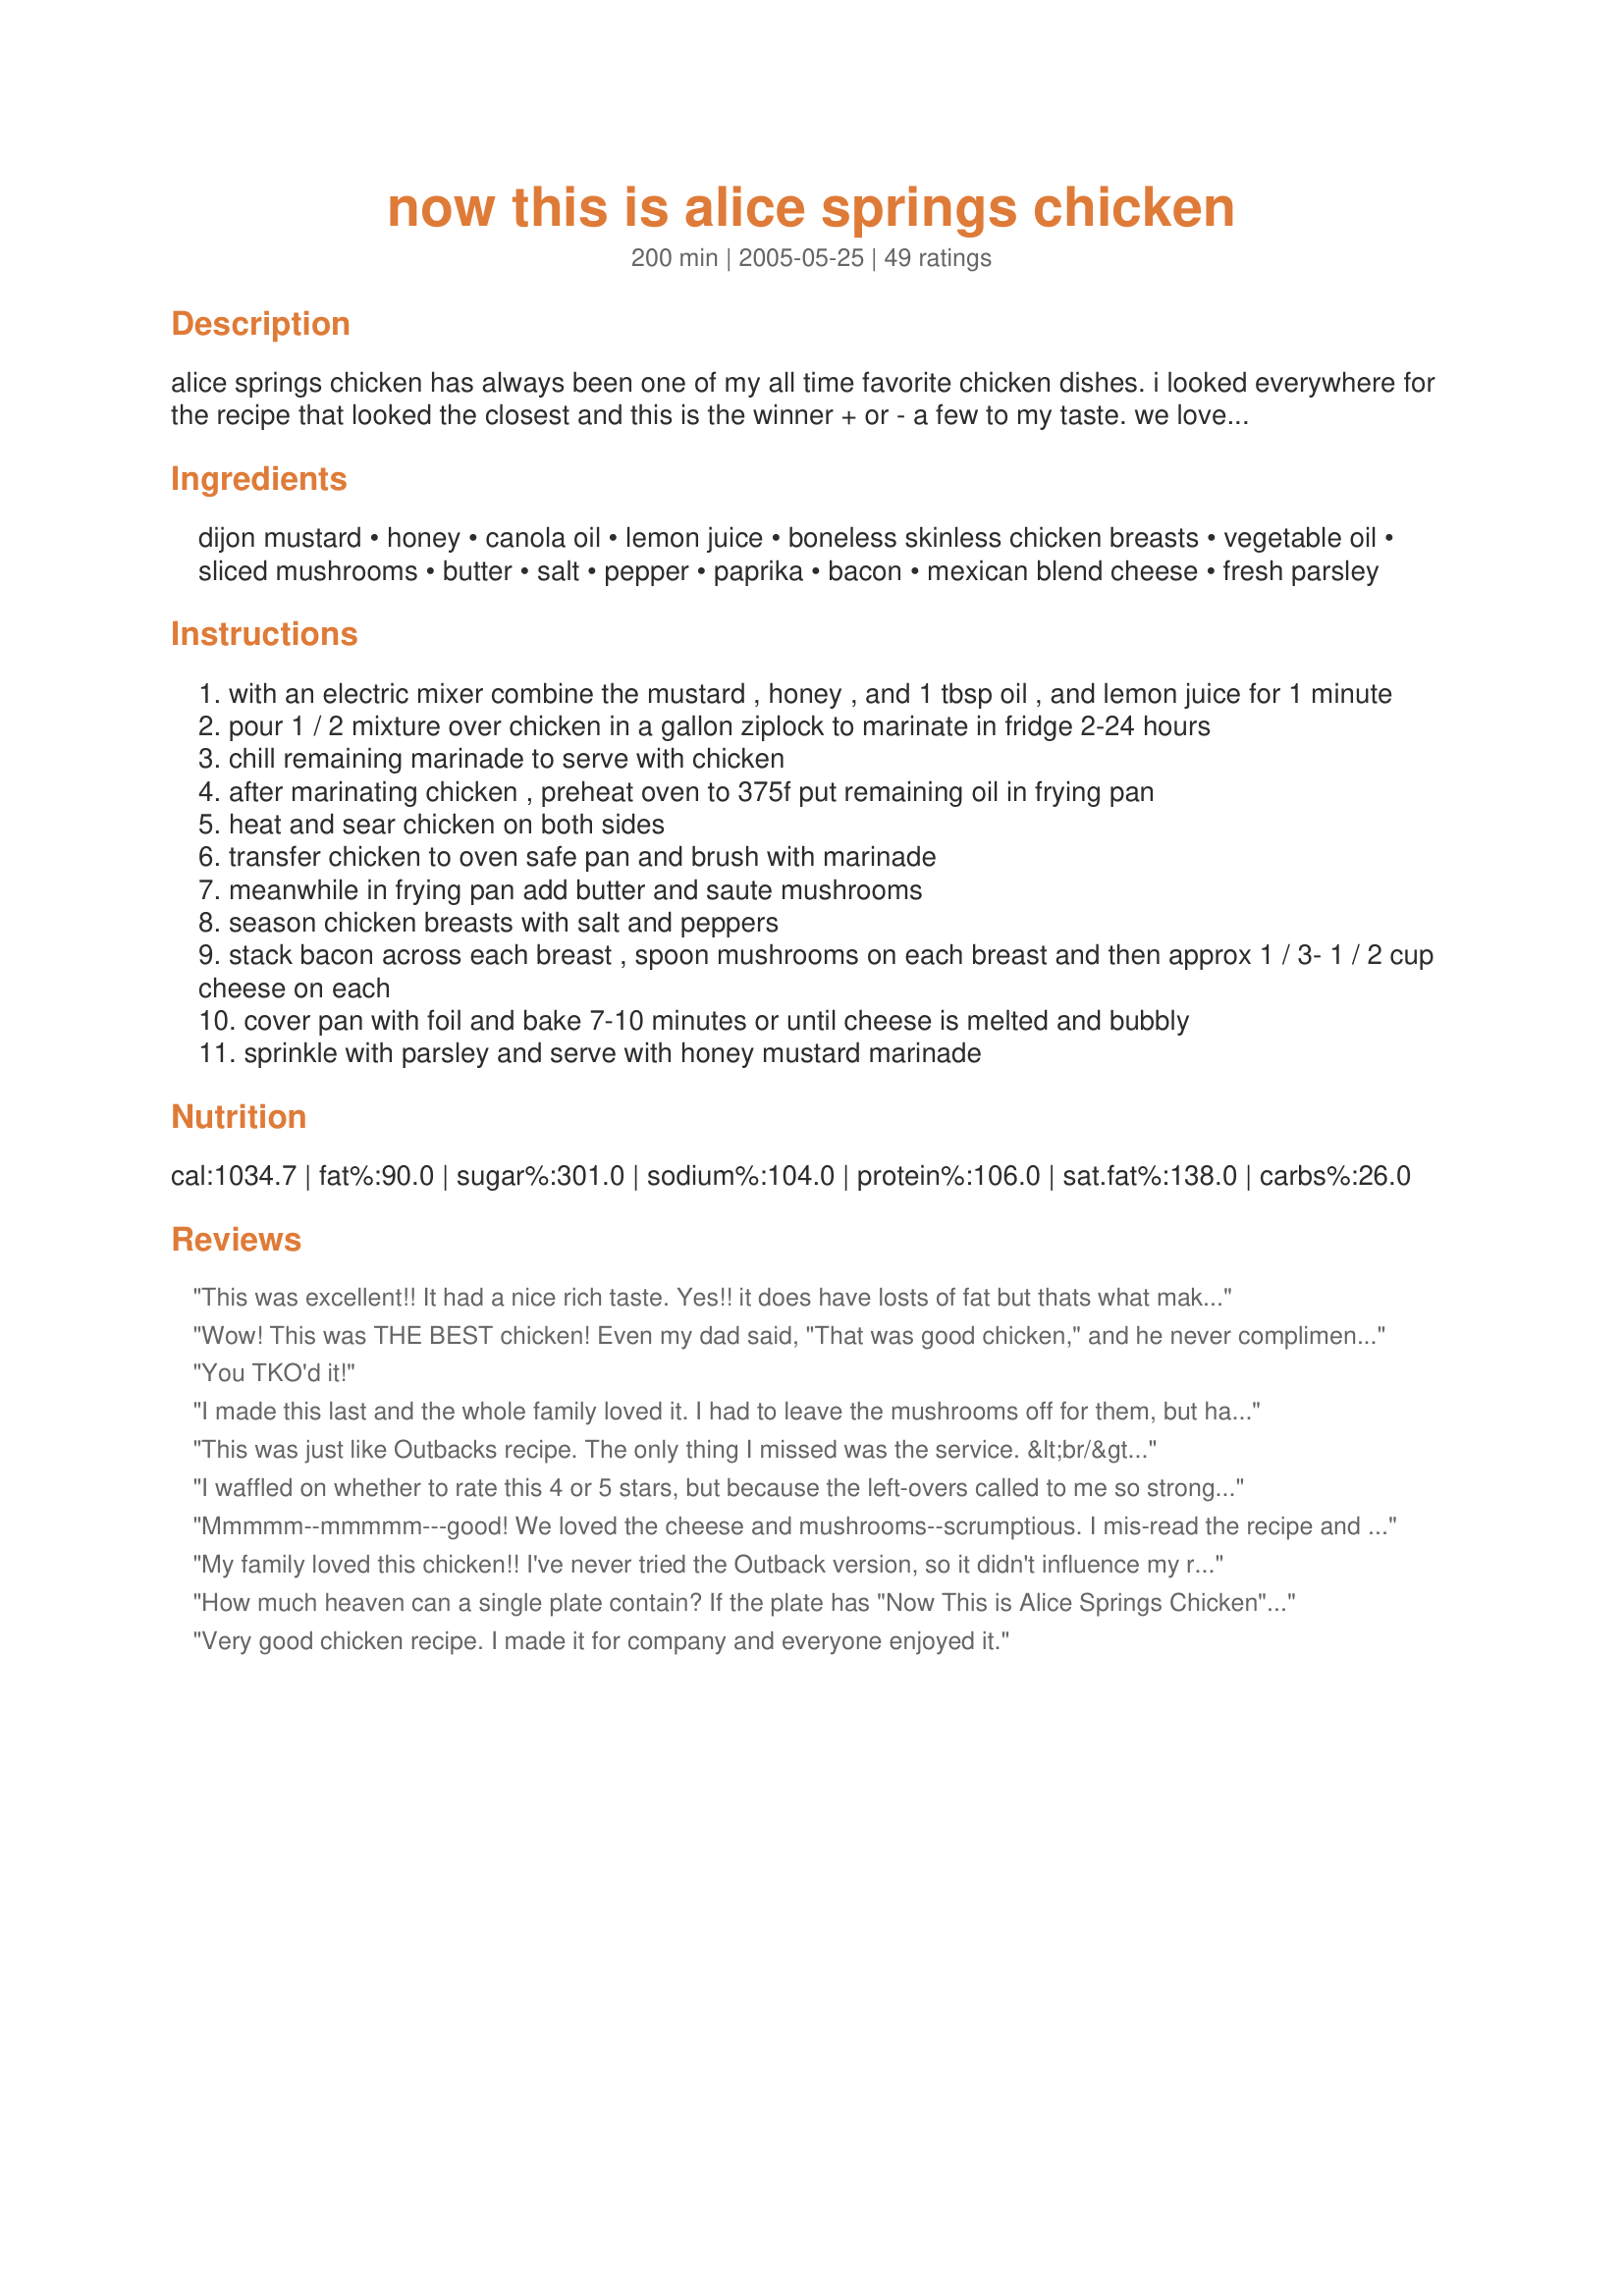
now this is alice springs chicken
Preparation time: 200 minutes

alice springs chicken has always been one of my all time favorite chicken dishes. i looked everywhere for the recipe that looked the closest and this is the winner + or - a few to my taste. we love onions so i always sauté some up with the mushrooms but whatever works best for you!

Ingredients:
dijon mustard, honey, canola oil, lemon juice, boneless skinless chicken breasts, vegetable oil, sliced mushrooms, butter, salt, pepper, paprika, bacon, mexican blend cheese, fresh parsley

Steps:
with an electric mixer combine the mustard , honey , and 1 tbsp oil , and lemon juice for 1 minute
pour 1 / 2 mixture over chicken in a gallon ziplock to marinate in fridge 2-24 hours
chill remaining marinade to serve with chicken
after marinating chicken , preheat oven to 375f put remaining oil in frying pan
heat and sear chicken on both sides
transfer chicken to oven safe pan and brush with marinade
meanwhile in frying pan add butter and saute mushrooms
season chicken breasts with salt and peppers
stack bacon across each breast , spoon mushrooms on each breast and then approx 1 / 3- 1 / 2 cup cheese on each
cover pan with foil and bake 7-10 minutes or until cheese is melted and bubbly
sprinkle with parsley and serve with honey mustard marinade

Reviews:
This was excellent!! It had a nice rich taste. Yes!! it does have losts of fat but thats what makes it taste OH!! So! Good!! I made it with brussel sprouts and red potatoes. I found that the left overs cooked up well and didn't lose any of the wonderful taste. I have never heard of the dish before but I am so glad I came across this recipe. Thanks homegirl for posting.
Wow! This was THE BEST chicken! Even my dad said, "That was good chicken," and he never compliments anything! :) We marinated it for 24 hours and grilled it. I saut?ed the mushrooms on the stove, but everything else was cooked outside. The sauce was amazing! Thanks for the recipe. This one is going in my favorites!
You TKO'd it!
I made this last and the whole family loved it. I had to leave the mushrooms off for them, but had them with my serving and it was excellent. I'll definitely be making it again, in fact, I have the chicken marinating right now!
This was just like Outbacks recipe. The only thing I missed was the service. &lt;br/&gt;I used local honey and 4 breast that I used my Pampered Chef meat tenderizer. I cut the chicken into serving size pieces. This easily fed 6 to 8 people. I served rice pilaf and steamed mixed vegetables
I waffled on whether to rate this 4 or 5 stars, but because the left-overs called to me so strongly, I gave it 5 stars. This was very tasty, but hubby and guest didn't comment. I used chicken tenders instead of breasts, and that was nice. I skipped the butter and used left-over bacon grease, which did not brown the chicken as much as the butter would have, but it tasted great. Next time I'll skip the salt, as the bacon added plenty of saltiness. I forgot the parsley, but don't think that mattered too much. My complaint about this recipe is it just seems a little bit disjointed to me. Like the chicken is just layered with bacon and cheese and they are not integrated with the sauce. Yes, when you dip the chicken in the marinade it helps, but without the dip it's not a blend of flavors but rather a lot of separate and distinct ones. I most likely won't be fixing this again, as it is way too high carb for diabetic hubby (what was I thinking anyway?) But I will recommend it to non-diabetic folks as a tasty treat.
Mmmmm--mmmmm---good! We loved the cheese and mushrooms--scrumptious. I mis-read the recipe and so wasn't able to marinate as required, but used half the sauce for baking, the other for dipping at the table. Another mmm! I think when I make this again (and I WILL make it again), that I would rather have a more savory sauce--too much honey in there and thus, sweet. I don't know who or what Alice Springs is--but this was g-o-o-d! Thanks, homegirl, for a grrreat recipe!
My family loved this chicken!! I've never tried the Outback version, so it didn't influence my rating either way. It just sounded yummy when I came across it, so I decided to give it a try! Didn't change a thing! Served it with green beans and a potato dish I found on zaar as well. Thanks for sharing!
How much heaven can a single plate contain? If the plate has "Now This is Alice Springs Chicken" on it, quite a lot!!! This is a dish I've been eyeballing for some time, thinking that I'd save it for a serious "comfort food" fix. Well, I've been down with the flu for 2 weeks (as winter sets in here in NZ) and decided my system needed a serious foodie fix...and this recipe was JUST the ticket. I haven't enjoyed a dish quite this much in a very long time. It was easy, it's beautiful to serve, and it matches so easily with other foods. I served mine next to some fluffy mashed potatoes and some bright green wilted spinach. May I just say, I can't see how this dish could possibly disappoint. I did cut back on the bacon just a bit but it did not hurt the final outcome in the least. For the mushrooms I used some huge Portabellas, which I sliced. We don't get Mexican cheese here so I used a blend of cheddar and Edam. I only had about 2 hours to marinade the chicken but I will try the 24 hour marinade next time; though I really don't see how it could be any better than last night's fare. I will say that I cooked the chicken a bit longer in the skillet before moving to the oven. I wanted to be sure it was thoroughly cooked. No problem though... Even with not covering the pan with foil right away, the chicken was a tender as could be. (-: This will be a repeat if my family has anything to do with it. Many thanks for posting this YUMMY recipe.
Very good chicken recipe. I made it for company and everyone enjoyed it.
I LOVE this recipe. It may be better than Outback's. Made it exactly as stated, but baked it longer in the oven to get chicken done, then added mushrooms, bacon and cheese. May try the sauted onions with it next time.
What a wonderful recipe! I did cut the honey in half (personal taste) and grilled the chicken on our charcoal grill but otherwise followed the recipe exactly. Love the mushrooms and onions! We will make this again and again! Thanks for posting!
This is the recipe I use for Alice Springs Chicken. It is my husband's favorite meal. I use Grey Poupon mustard in the marinade. Before serving I mix the reserved marinade with 1/2 cup mayonaise to make it a bit thicker and creamier for dipping. I serve it with twice baked potatoes and garlic bread. MMM
All three of my daughters have worked at the Outback Steakhouse and this is a true winner. Oops, I forgot to give it a rating !! This is really good !!!! pollyw
Excellent! So rich in flavor. served mine with sauteed baby carrots which were a nice compliment to the chicken. Thanks for the post!
Yum! This is one of my favorite restaurant meals. I didn't have time to marinade, so I just liberally brushed the sauce on the breasts before roasting (I also cut the marinade/sauce portion in half). My husband HATES mushrooms, so I left those out, and used all cheddar cheese. It still came out very good; I'm sure with the mushrooms it's probably an exact replica.
I made this again for my mothers birthday, and once again, everyone loved it!!! This is definately a keeper!! Thanks so much for the great recipe---
My husband just LOVED it!!! He said that it tasted JUST like the original! I vacuum sealed mine while it soaked over night, that may have helped lock in the juices.
Alice Springs Chicken is my favorite dish at Outback. It's been a while since I went there and I had a crazing for it, so I decided to look up online for the recipe. I found two on this site, but the other didn't look very good. This one did so I gave it a try.

Couple quick things: The recipe specifies two different oils in the ingredients but the instructions don't specify which to use on what. I just used Canola oil for both the sauce and cooking. The other things is that it says to sear the chicken, which isn't the same as cooking it all the way through as I understand it. However it's only in the oven long enough to melt the cheese, so I just made sure to cook the chicken all the way through in the pan. I'm sure that's how it's supposed to be done anyway.

With that said, it came out fantastic! Possibly the best dinner I've ever made. Everyone loved it. It tastes very close to the "real thing", maybe even a bit better. Definitely will be making it again. Thanks so much for the recipe! Oh, and there's still Honey Mustard sauce leftover for sandwiches and stuff. Yum!
This is fantastic. The only thing I changed was the canola oil. I stopped using it when I learned how unhealthy it really is. Just replace it with grapeseed or coconut oil.
What a delicious recipe, thank you!
This was a lovely recipe - very tasty!

I made some changes to the technique - marinading the chicken and then sliced them open, stuffed with cheddar and wensleydale cheese and wrapped the breasts raw with slices of hickory smoked bacon. I put the wrapped breasts in an oven-proof dish and poured the marinate over and baked for 15 minutes. Sauted slices mushrooms and onions whilst the chicken was doing, then poured them over the chicken and return to bake for another 15 minutes, covered.
This was very good and not at all hard to make, i will definitely be making this again. Thank you for sharing your recipe.
Excellent recipe!!! Definitely deserves 5 stars. Alice Springs chicken is my favorite restaurant dish. I did have to bake my chicken breasts longer than the recipe called for. I baked them without the toppings for 15 minutes then 10 minutes longer with the toppings and covered with foil. I used a prepared honey mustard for the marinade and dipping and it did not make any difference. I also marinated the chicken breasts for 12 hours. They were very moist and tender. My husband asked for this dish to be served on a regular basis. Thanks for a wonderfully delicious and easy recipe.
DING DING DING....We have a winner. This is very much a copy cat recipe for the infamous dish loved by M_A_N_Y!!! Had my fingers crossed the whole time during prep, as I am stationed over seas and often crave my fav dish from Outback, but turns out I can have it wheneer I want now with this winner dish here. Forgot the parsley but just realized it ....used safflower oil rather than canola....Oh, I didn't have any bacon on hand, so I used the REAL bacon bits...yuumm. Thanks again for the great find
I come back to this meal time and time again, and it is always great. The 3 hours is goal, though not a must.
For years I've used a slightly different recipe for Alice Springs Chicken, but I like this one better! I used pre-made O'Charley's honey mustard dressing instead of making my own. I just need to remember next time to pound the chicken breasts so that they're thinner. They were thick, and a little under-done, but nuking them for a couple of minutes fixed that. Served with recipe#107411 and recipe#44819. Thanks for posting!
My husband really enjoyed this recipe. I will make again.
YUMMMM. I hate mustard and will only sometimes eat it as a marinade. My brother and Hubby loved this and both enjoyed it with the sauce on the side. I, however, loved it without. It was seriously tender and moist. Now, I don't use canola oil, so I used grapeseed oil and it tasted just fine. I also only used 1/2 cup of the D. Must. and 1/2 cup of honey. There was still a lot of sauce left over for us. I also only used 3 chicken breast and 6 slices of bacon. I probably only used about 1 cup (if that) of cheddar chz. I loved this so much and will make again. Thanks.
For the sauce...I mix (to taste)... Ketchup, Mayo, small amount of Dijon mustard, splash of Worcestershire Sauce, sprinkle of garlic and onion powder, crack of pepper, a nip of GOOD Prepared Horseradish (NOT the creamy stuff for sandwiches, but the stuff that looks grated) and a dab of honey. This seemed to get the tang, sweet and kick I was tasting at Outback. I make this up about an hour (or longer) before I use it so the flavors come together.
I'm not sure who Alice Springs is but I sure love her chicken recipe. Flavours were fabulous. Only minor changes I made was did 1/2 Dijon 1/2 Deli mustard (not big fans of straight Dijon). I also cut back the bacon by 1/2. For the cheese I used Havarti & Monterey. For us, I found there was enough sauce on the chicken without the side dipping sauce so next time I'll cut that back also. Pretty easy to make & well worth the effort. Thanks for sharing.
Wow! This was fantastic. I sauteed one onion with the mushrooms, and baked nine slices of thick sliced bacon. I also cut the bacon as I put it over the chicken. Make sure you pound the chicken first so it cooks evenly. Definitely a keeper.
This was really good. All the flavors work well together. Loved having the bacon on it. I only had a chance to marinade for 2 hours. But I will do that longer next time and I'm sure it will be better.
This is wonderful! I used a mild English mustard instead of Dijon, but that's the only change I made. There were no leftovers! :)
Yummo!! So Good! I love Outbacks's Alice Spring Chicken and wanted to try to make my own. It was sooo good. I did buy the honey dijon mustard premade- but had to add a little more honey to it - next time I will make my own. My husband loved it!! I did cook my chicken breast in olive oil, and used baby bella mushrooms. I served this with creamed spinach ( my own recipe) and chicken garlic rice ( OK - it was rice a roni - but had a long day at work). This is a recipe i will make again and again! Thanks homegirl!!
This is the real Alice Springs chicken. It has to be one of the best recipes out there. It just gets better every time I make it for dinner. Highly recomend it to any one.
Thanks for posting! Always a hit! I like to use this recipe for sandwiches, just pound your chicken breasts out to the desired thickness.
I could not believe how tasty this dish is. It's also nice that the ingredients are things that I always have. I did use turkey bacon. This is nice enough to be a company dish.
Wonderful recipe...just be sure to cook the chicken through but do not over cook...allow for the time to melt and mingle the cheese!!! I used a combination of Montarey Jack and Medium Cheddar cheese. Served alongside wild rice and steamed veggies...it was a delicious meal!!!
If I had had the option to rate this 10 stars-- I woulda! This is my boyfriends favorite meal to get when we eat out... so I learned how to make it in. He couldn't believe just how on point it is. Regardless of if you have had this dish at Outback or not, it's a must in your kitchen. I followed the directions as is, and as my boyfriend claimed "it's nothing short of amazing".
Very good. I followed the recipe exactly. Thanks!
Wonderful chicken! We loved this recipe and I am sure we will be making it again! I did not change a thing and everything worked out perfectly! Great instructions. We had it as our main course for a celebration dinner and it was perfect.... easy to make and not time consuming! Great Recipe! Thanks homegirl!!
Delicious! Absolutely wonderful! The marinade would be terrific by itself - the bacon and cheese just put it over the top!
Please EVERYONE try this!! Taste just like the real thing for soo much cheaper. My favorite recipe:)
Delicious! It tastes just like Outbacks!
So yummy! I've never had the Outback version either but we really liked this recipe. I had to bake mine a little longer but I had thick chicken breasts. This one will be a repeat recipe here.
Wow! I've never had Alice Springs chicken before, in fact, I've never even heard of it before. This was extremely delicious. I made it exactly as stated except I chopped the bacon and fried it. I also fried some onions with the mushrooms. So, I just piled the chopped bacon, mushrooms and onions on each chicken breast and covered with cheese. It was great! Thanks.
Delicious! Our family loves it! It is a tasty favorite in our house. We double the sauce so we have extra to top the chicken after it's cooked. Great recipe! We will be making this for years to come!
My hubby must have said "Man this is good" at least 3 times as he wolfed down his dinner! Aside from forgetting the parsley at the end, I followed the recipe. With all those mushrooms & melted cheese, I didn't think the dipping sauce was necessary ......... I'll keep it for another day. Thanx Homegirl!
I made this exactly as posted except I chopped the bacon instead of leaving it whole and added the onions as recommended. Very, very good. As there's only two of us, the rest is in the freezer for another meal or two which we look forward to.
